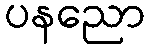
ပနညော